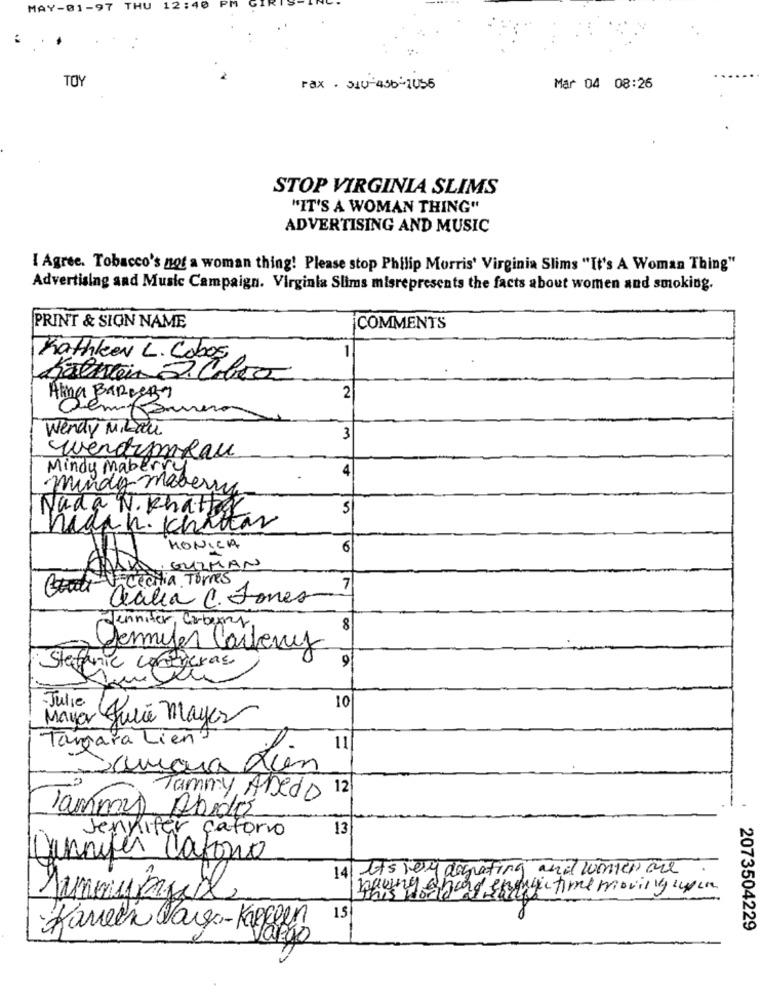
MAY-01-97 THU 12:40 P
TOY
rax . 310-456-1056
Mar 04 08:26
STOP VIRGINIA SLIMS
"IT'S A WOMAN THING"
ADVERTISING AND MUSIC
I Agree. Tobacco's not a woman thing! Please stop Philip Morris' Virginia Slims "It's A Woman Thing"
Advertising and Music Campaign. Virginia Slims misrepresents the facts about women and smoking.
PRINT & SION NAME
COMMENTS
Kathleen L. Cabos
Ala BaReeBa
2
DemMarrera
Wendy MiLau
3
wendyskau
Mindy Maberry
4
mindy maberry
5
Nada N. Khattar
hidan. chata
MONICA
6
Gutes GUZMAN
tia Torres
7
Cecilia C. Jones
Jennifer Carbery
8
Jennifer Carter
9
Stefanic contreras.
-Julie
10
Mayer Julie mayer
Tangara Liens
11
Tammy Abeds 12
lammy Abdos
Jennifer caforio
13
Dannyfer Latorio
It's very dagrating and women are
14
having &band eniyi time moving lipca
15
2073504229
Karen Targo- Kal8pro